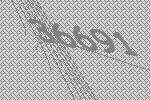
36691